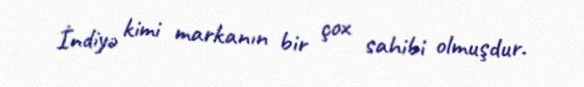
İndiyə kimi markanın bir çox sahibi olmuşdur.